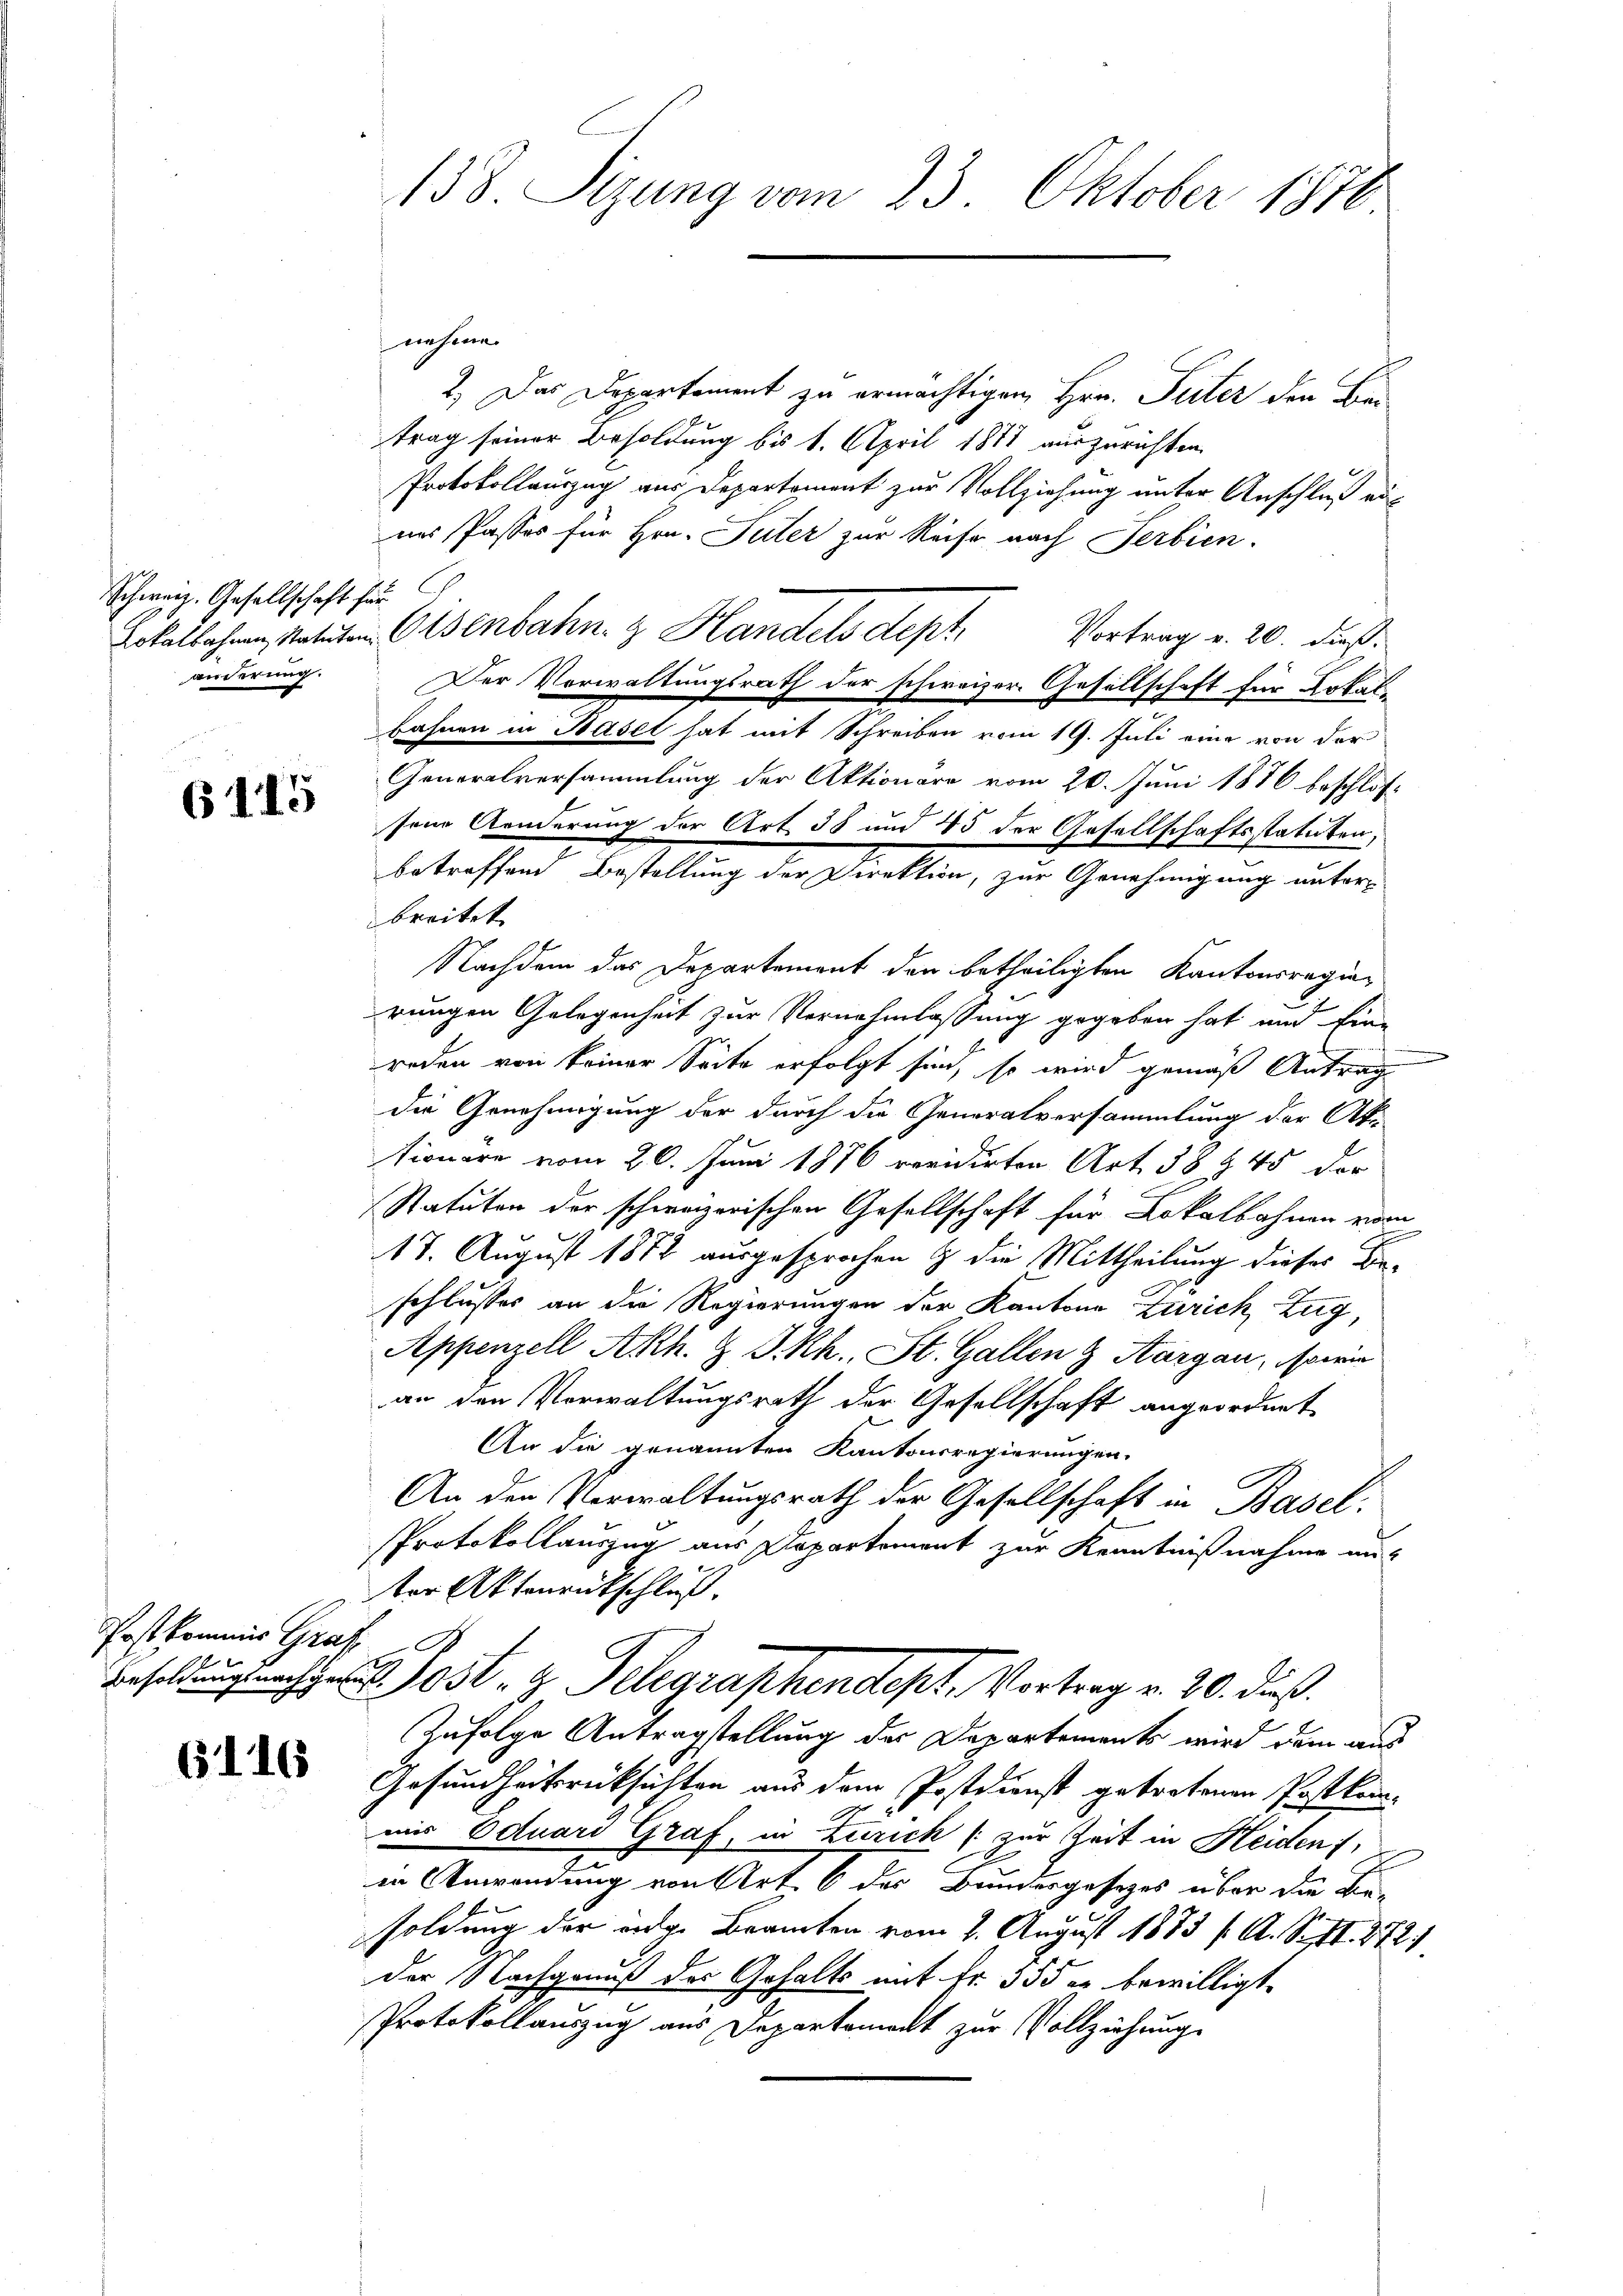
Schweiz. Gesellschaft für
änderung.

6115

Post kommes Graf

6116

138. Sizung vom 23. Oktober 1876

nehme
2.) Das Departement zu ermächtigen Hrn. Peter den Bei
trag seiner Besoldung bis 1. April 1847 auszurichten.
Protokollauszug aus Departement zur Vollziehung unter Anschluß aus
nes Passes für Hrn. Suter zur Reise nach Serbien.
Lokalbahren, statuten Osenbahn & Handels dept. Vortrag v. 20. dieß¬
Der Verwaltungsrath der schweizer Gesellschaft für Lokal
bahnen in Hasel hat mit Schreiben vom 19. Juli eine von der
Generalversammlung der Aktionäre vom 20. Juni 1876 beschlos-
sene Aenderung der Art. 38 und 15 der Gesellschaftsstatuten.
betreffend Bestellung der Direktion, zur Genehmigung unterbreitet. |
Nachdem das Departement den betheiligten Kantonsregierungen Gelegenheit zur Vernehmlassung gegeben hat und Eine
reden von keiner Seite erfolgt sind, so wird gemäß Antrag
die Genehmigung der durch die Generalversammlung der Ak-
tionare vom 20. Juni 1876 revidirten Art. 38 § 45 der
Statuten der schweizerischen Gesellschaft für Lokalbahnen vom
17. August 1872 ausgesprochen & die Mittheilung dieser Beschlusses an die Regierungen der Kantone Zürich, Zug,
Appenzell Akh. & J. Rh., St. Gallen & Aargau, sowie
an den Vorwaltungsrath der Gesellschaft angeordnet
An die genannten Kantonsregierungen.
An den Verwaltungsrath der Gesellschaft in Basel.
PProtokollauszug aus Departement zur Kenntnißnahme an-
ter Aktenrückschluß.
lost Telegraphendept, Vortrag v. 20. dieß.
Zufolge Antragstellung des Departements wird dem aus
Gesundheitsrücksichten aus dem Postdienst getretenen Postkommir Eduard Graf, in Zürich zur Zeit in Heiden,
in Anwendung von Art. 6 des Bundergesezes über die Be-
soldung der eidge Beamten vom 2. August 1873 f. A. S. S. 272,
der Nachgenuß des Gehalts mit Fr. 555 er bewilligt.
Protokollauszug aus Departement zur Vollziehung